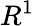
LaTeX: R^{1}